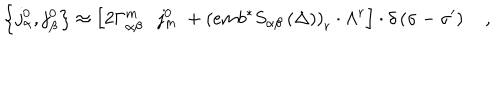
\left\{ j _ { \alpha } ^ { 0 } , j _ { \beta } ^ { 0 } \right\} \approx \left[ 2 \Gamma _ { \alpha \beta } ^ { m } \cdot j _ { m } ^ { 0 } \; + \left( e m b ^ { * } S _ { \alpha \beta } \left( \Delta \right) \right) _ { r } \cdot \Lambda ^ { r } \right] \cdot \delta \left( \sigma - \sigma ^ { \prime } \right) \quad ,